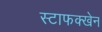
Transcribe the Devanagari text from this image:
स्टाफक्खेन